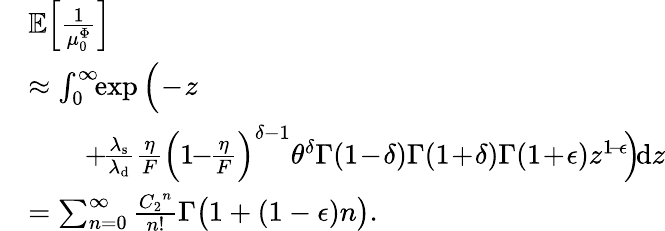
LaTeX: \begin{array}{rl}&{\mathbb{E}\Big[\frac{1}{\mu_{0}^{\Phi}}\Big]}\\ &{\approx\int_{0}^{\infty}\! \! \exp\Big(\! -\! z\! }\\ &{\qquad+\! \frac{\lambda_{\mathrm{s}}}{\lambda_{\mathrm{d}}}\frac{\eta}{F}\Big(1\! \! -\! \! \frac{\eta}{F}\Big)^{\delta-1}\theta^{\delta}\Gamma(1\! -\! \delta)\Gamma(1\! +\! \delta)\Gamma(1\! +\! \epsilon)z^{1\! -\! \epsilon}\! \Big)\! \mathrm{d}z}\\ &{=\sum_{n=0}^{\infty}\frac{{C_{2}}^{n}}{n!}\Gamma\big(1+(1-\epsilon)n\big).}\end{array}